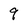
Character: 9